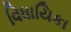
વિધાયિકા